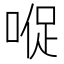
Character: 𱓠